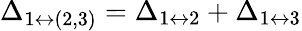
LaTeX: \Delta_{1\leftrightarrow(2,3)}=\Delta_{1\leftrightarrow 2}+\Delta_{1\leftrightarrow 3}